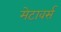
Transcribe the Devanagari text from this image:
मेटावर्स